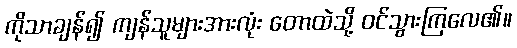
ကိုသာချန်၍ ကျန်သူများအားလုံး တောထဲသို့ ဝင်သွားကြလေ၏။